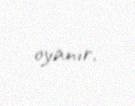
oyanır.